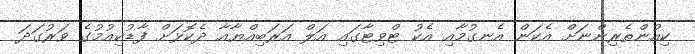
ކިއުންތެރިންނަށް އެކަން އެނގުމާއި އެކު ޓްވިޓާގައި އަލް އަރަބިއްޔާއާ ދެކޮޅަށް ފާޑުކިއުމުގެ ވަރުގަދަ